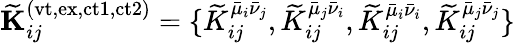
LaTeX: \mathbf{\widetilde{K}}_{ij}^{(\mathrm{vt,ex,ct1,ct2})}=\{ \widetilde{K}_{ij}^{\bar{\mu}_{i}\bar{\nu}_{j}},\widetilde{K}_{ij}^{\bar{\mu}_{j}\bar{\nu}_{i}},\widetilde{K}_{ij}^{\bar{\mu}_{i}\bar{\nu}_{i}},\widetilde{K}_{ij}^{\bar{\mu}_{j}\bar{\nu}_{j}}\}